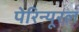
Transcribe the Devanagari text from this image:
पेरिन्यूरल